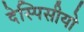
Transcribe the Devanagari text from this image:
देस्पिसीयो